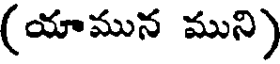
(యామున ముని)